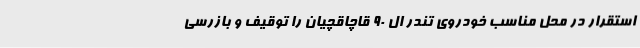
استقرار در محل مناسب خودروی تندر ال 90 قاچاقچیان را توقیف و بازرسی